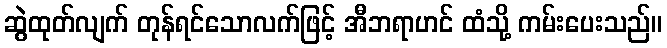
ဆွဲထုတ်လျက် တုန်ရင်သောလက်ဖြင့် အီဘရာဟင် ထံသို့ ကမ်းပေးသည်။